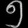
Digit: ၅